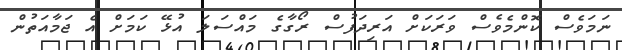
ނަމަވެސް ކޮންމެވެސް ވަރަކަށް އަރިދަފުސް ރޯގާގެ މައްސަލަ އުޅޭ ކަމަށް އެ ޖަމާއަތުން